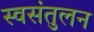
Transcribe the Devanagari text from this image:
स्वसंतुलन